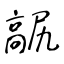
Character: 髛